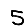
Digit: 5